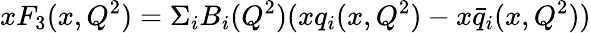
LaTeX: xF_{3}(x,Q^{2})=\Sigma_{i}B_{i}(Q^{2})(xq_{i}(x,Q^{2})-x\bar{q}_{i}(x,Q^{2}))